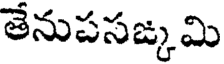
తేనుపసఙ్క మి